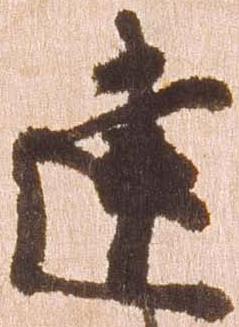
建